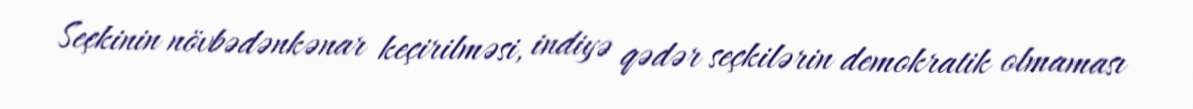
Seçkinin növbədənkənar keçirilməsi, indiyə qədər seçkilərin demokratik olmaması